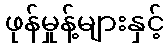
ဖုန်မှုန့်များနှင့်